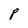
Character: P